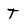
Character: T